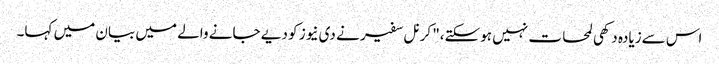
اس سےزیادہ دکھی لمحات نہیں ہوسکتے،" کرنل سفیر نے دی نیوز کو دیے جانے والے میں بیان میں کہا۔